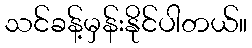
သင်ခန့်မှန်းနိုင်ပါတယ်။